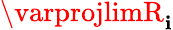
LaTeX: \varprojlimR_{\mathbf{i}}